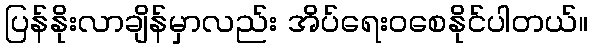
ပြန်နိုးလာချိန်မှာလည်း အိပ်ရေးဝစေနိုင်ပါတယ်။